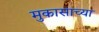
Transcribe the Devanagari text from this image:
मुकासाच्या